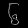
Digit: ၆